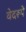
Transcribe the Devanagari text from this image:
वेदरूपें